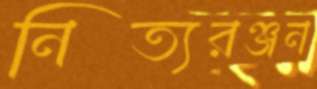
নিত্যরঞ্জন